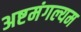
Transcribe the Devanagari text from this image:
अष्टमंगल्यम